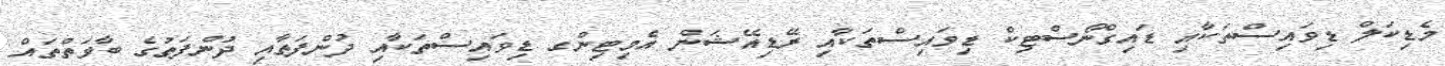
މެޑިކަލް ޑިވައިސްތަކާއި ޑައިގްނޯސްޓިކް ޑިވައިސްތަކާއި ރޭޑިއޭޝަން އެމިޓިންގ ޑިވައިސްތަކާއި ދުންފަތާއި ދުންފަތުގެ ބާވަތްތައް